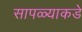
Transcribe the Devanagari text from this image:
सापळ्याकडे